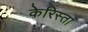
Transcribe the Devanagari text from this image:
केरिस्ता